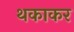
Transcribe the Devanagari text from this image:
थकाकर